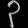
Digit: ၃